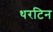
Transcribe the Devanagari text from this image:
थरटिन